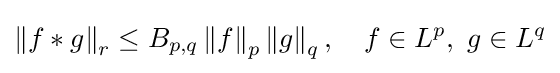
\left\Vert f*g\right\Vert _{r}\leq B_{p,q}\left\Vert f\right\Vert _{p}\left\Vert g\right\Vert _{q},\quad f\in L^{p},\ g\in L^{q}